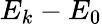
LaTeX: E_{k}-E_{0}